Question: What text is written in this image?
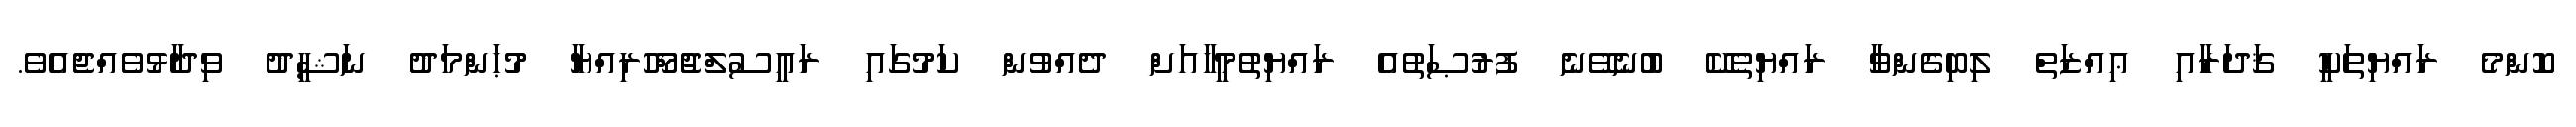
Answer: ކޮންމެ ރައްޔިތަކީ ޤަދަރާއި ޢިއްޒަތް ލިބިގެންވާ ރައްޔިތެކޭ ބުނެވޭނެ ފުރުޞަތުއެ ރައްޔިތުމީހާއަށް ދެއްވުން ކަމުގައި ރައީސުލްޖުމްހޫރިއްޔާ މުޙަންމަދު ނަޝީދު ވިދާޅުވެއްޖެއެވެ.